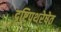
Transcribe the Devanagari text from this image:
दृष्टिपथरेषेत